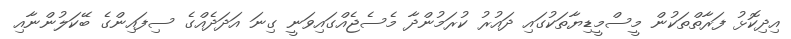
އިދިކޮޅު ފަރާތްތަކުން މީސްމީޑިޔާތަކުގައި ދައުރު ކުރަމުންދާ މެސެޖެއްގައިވަނީ ގިނަ އަދަދެއްގެ ސިފައިންގެ ބޭކަލުންނާއި